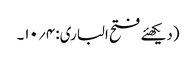
(دیکھئے فتح الباری: ۴؍۱۰۔